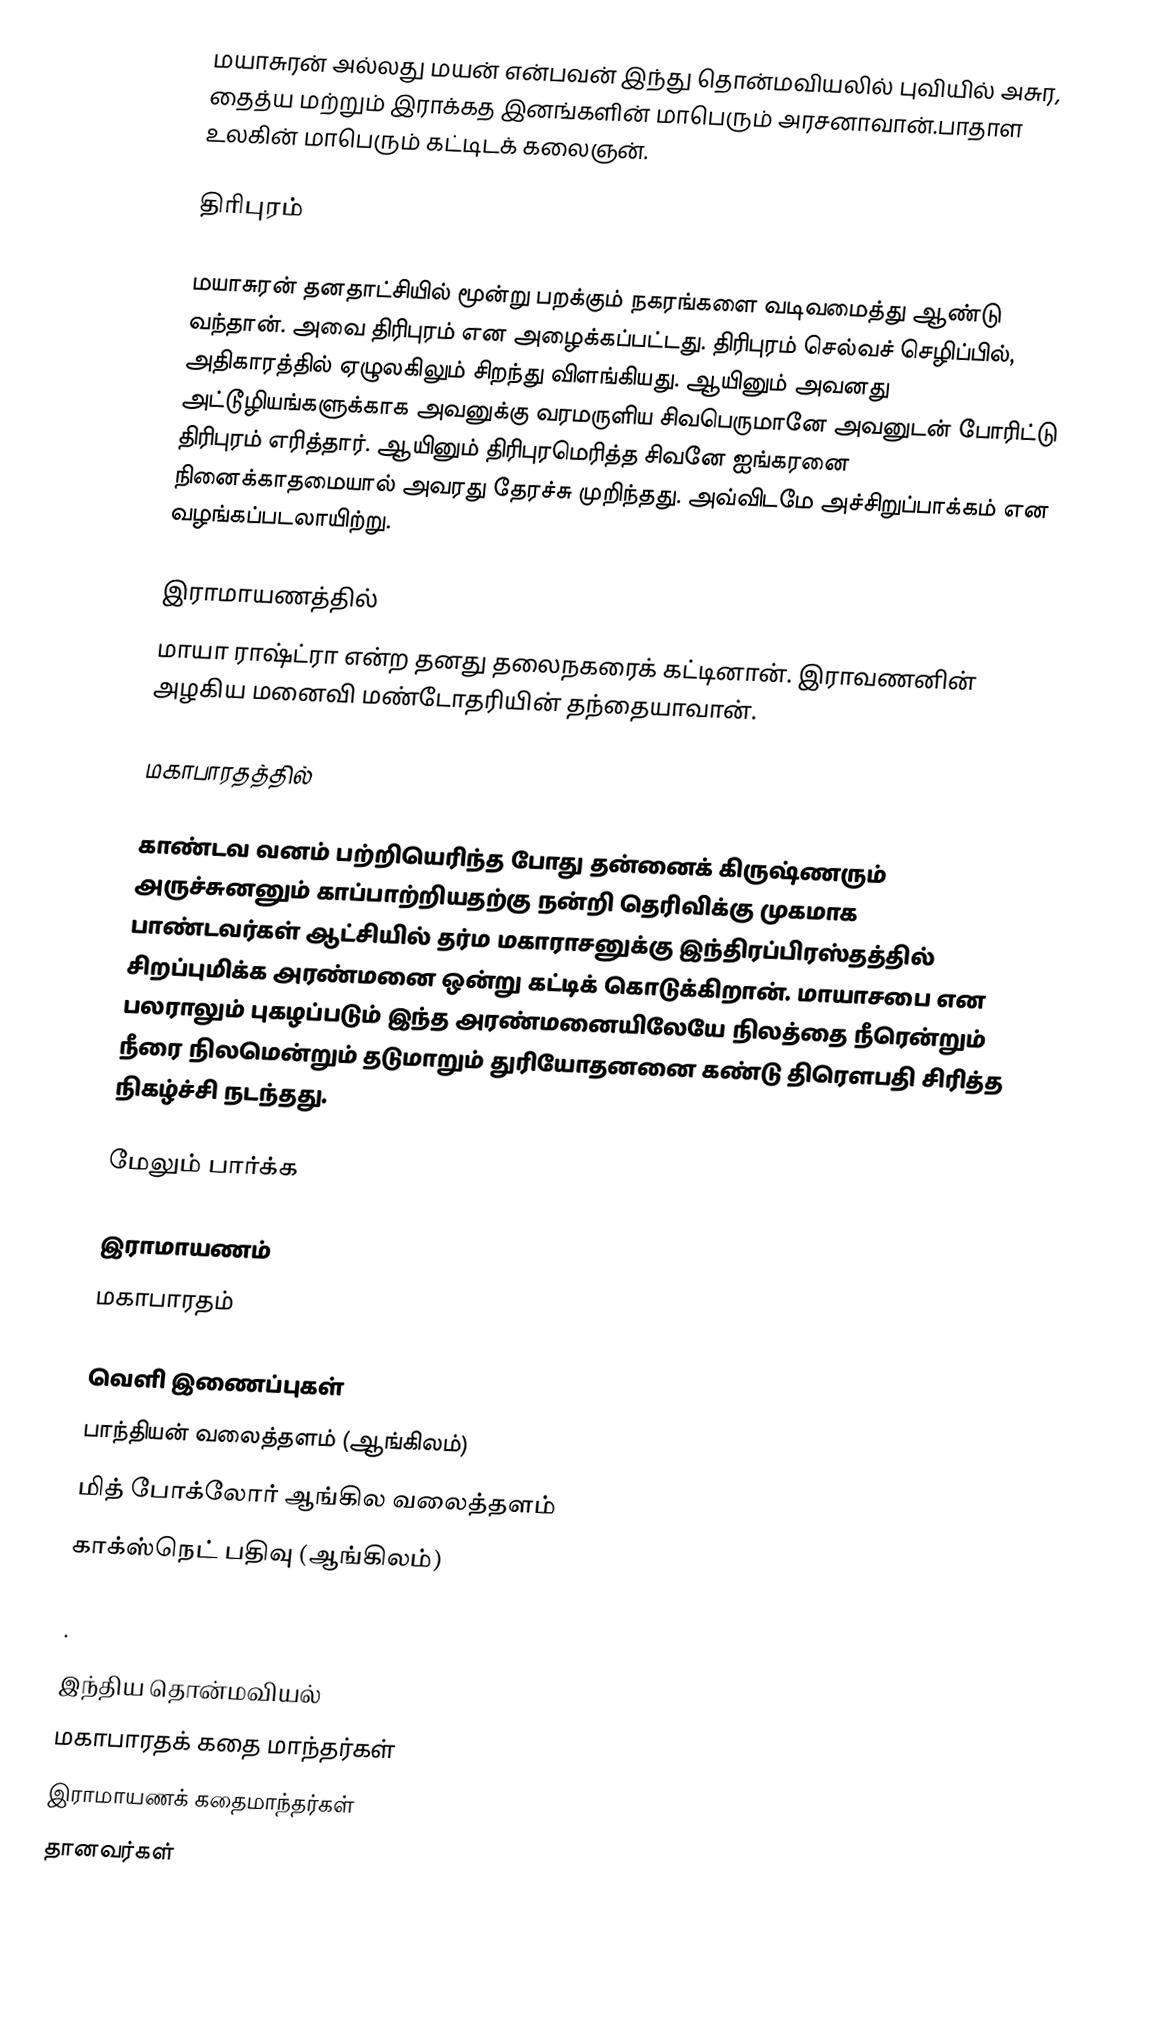
மயாசுரன் அல்லது மயன்  என்பவன் இந்து தொன்மவியலில் புவியில் அசுர, தைத்ய மற்றும் இராக்கத இனங்களின் மாபெரும் அரசனாவான்.பாதாள உலகின் மாபெரும் கட்டிடக் கலைஞன்.

திரிபுரம்

மயாசுரன் தனதாட்சியில் மூன்று பறக்கும் நகரங்களை வடிவமைத்து ஆண்டு வந்தான். அவை திரிபுரம் என அழைக்கப்பட்டது. திரிபுரம் செல்வச் செழிப்பில், அதிகாரத்தில் ஏழுலகிலும் சிறந்து விளங்கியது. ஆயினும் அவனது அட்டூழியங்களுக்காக அவனுக்கு வரமருளிய சிவபெருமானே அவனுடன் போரிட்டு திரிபுரம் எரித்தார். ஆயினும் திரிபுரமெரித்த சிவனே ஐங்கரனை நினைக்காதமையால் அவரது தேரச்சு முறிந்தது. அவ்விடமே அச்சிறுப்பாக்கம் என வழங்கப்படலாயிற்று.

இராமாயணத்தில்
மாயா ராஷ்ட்ரா என்ற தனது தலைநகரைக் கட்டினான். இராவணனின் அழகிய மனைவி மண்டோதரியின் தந்தையாவான்.

மகாபாரதத்தில்

காண்டவ வனம் பற்றியெரிந்த போது தன்னைக் கிருஷ்ணரும் அருச்சுனனும் காப்பாற்றியதற்கு நன்றி தெரிவிக்கு முகமாக பாண்டவர்கள் ஆட்சியில் தர்ம மகாராசனுக்கு இந்திரப்பிரஸ்தத்தில் சிறப்புமிக்க அரண்மனை ஒன்று கட்டிக் கொடுக்கிறான். மாயாசபை என பலராலும் புகழப்படும் இந்த அரண்மனையிலேயே நிலத்தை நீரென்றும் நீரை நிலமென்றும் தடுமாறும் துரியோதனனை கண்டு திரௌபதி சிரித்த நிகழ்ச்சி நடந்தது.

மேலும் பார்க்க

 இராமாயணம்
 மகாபாரதம்

வெளி இணைப்புகள்
 பாந்தியன் வலைத்தளம் (ஆங்கிலம்)
 மித் போக்லோர் ஆங்கில வலைத்தளம்
 காக்ஸ்நெட் பதிவு (ஆங்கிலம்)

.

இந்திய தொன்மவியல்
மகாபாரதக் கதை மாந்தர்கள்
இராமாயணக் கதைமாந்தர்கள்
தானவர்கள்